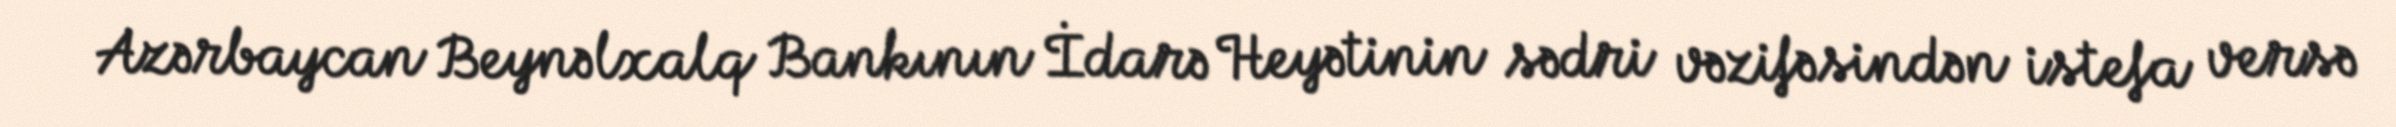
Azərbaycan Beynəlxalq Bankının İdarə Heyətinin sədri vəzifəsindən istefa versə